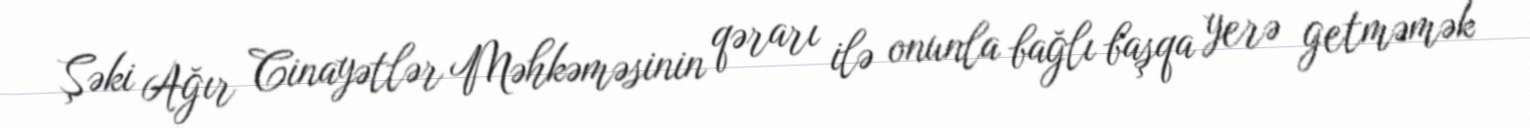
Şəki Ağır Cinayətlər Məhkəməsinin qərarı ilə onunla bağlı başqa yerə getməmək